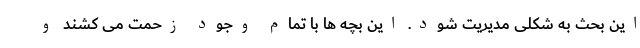
این بحث به شکلی مدیریت شود. این بچه ها با تمام وجود زحمت می کشند و